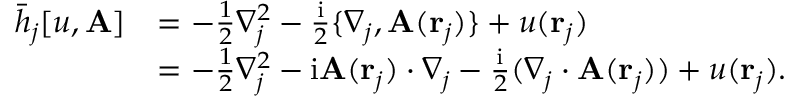
\begin{array} { r l } { \bar { h } _ { j } [ u , \mathbf { A } ] } & { = - \frac { 1 } { 2 } \nabla _ { j } ^ { 2 } - \frac { \mathrm { i } } { 2 } \{ \nabla _ { j } , \mathbf { A } ( \mathbf { r } _ { j } ) \} + u ( \mathbf { r } _ { j } ) } \\ & { = - \frac { 1 } { 2 } \nabla _ { j } ^ { 2 } - \mathrm { i } \mathbf { A } ( \mathbf { r } _ { j } ) \cdot \nabla _ { j } - \frac { \mathrm { i } } { 2 } ( \nabla _ { j } \cdot \mathbf { A } ( \mathbf { r } _ { j } ) ) + u ( \mathbf { r } _ { j } ) . } \end{array}